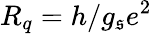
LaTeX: R_{q}=h/g_{\mathfrak{s}}e^{2}